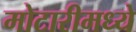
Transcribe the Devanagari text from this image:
मोटारीमध्ये